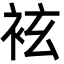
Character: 袨